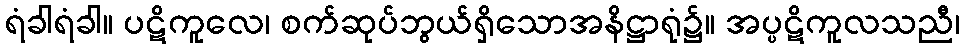
ရံခါရံခါ။ ပဋိကူလေ၊ စက်ဆုပ်ဘွယ်ရှိသောအနိဋ္ဌာရုံ၌။ အပ္ပဋိကူလသညီ၊